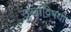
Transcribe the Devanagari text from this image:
सुखाविषयी